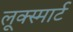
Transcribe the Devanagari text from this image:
लूक्स्मार्ट